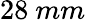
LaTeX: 28\ mm